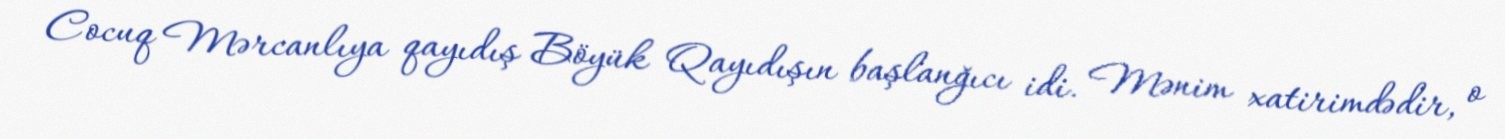
Cocuq Mərcanlıya qayıdış Böyük Qayıdışın başlanğıcı idi. Mənim xatirimdədir, o